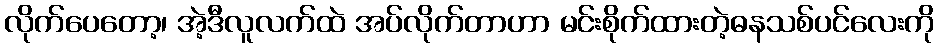
လိုက်ပေတော့၊ အဲ့ဒီလူလက်ထဲ အပ်လိုက်တာဟာ မင်းစိုက်ထားတဲ့ဓနသစ်ပင်လေးကို